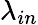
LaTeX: \lambda_{in}